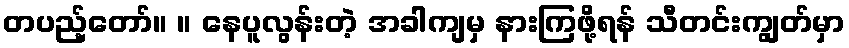
တပည့်တော်။ ။ နေပူလွန်းတဲ့ အခါကျမှ နားကြဖို့ရန် သီတင်းကျွတ်မှာ